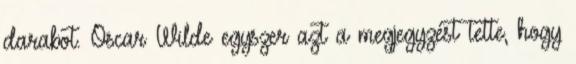
darabot. Oscar Wilde egyszer azt a megjegyzést tette, hogy